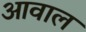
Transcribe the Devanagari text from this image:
आवाल